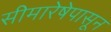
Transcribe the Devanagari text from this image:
सीमारेषेपासून